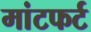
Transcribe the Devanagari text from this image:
मांटफर्ट